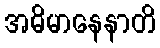
အဓိမာနေနာတိ